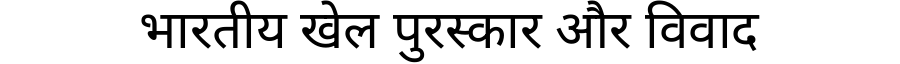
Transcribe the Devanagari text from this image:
भारतीय खेल पुरस्कार और विवाद